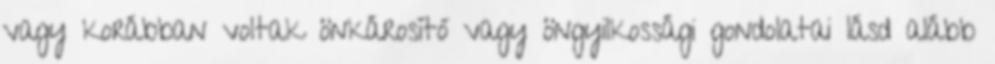
vagy korábban voltak önkárosító vagy öngyilkossági gondolatai lásd alább